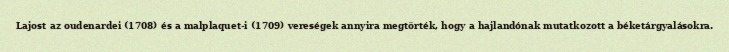
Lajost az oudenardei (1708) és a malplaquet-i (1709) vereségek annyira megtörték, hogy a hajlandónak mutatkozott a béketárgyalásokra.